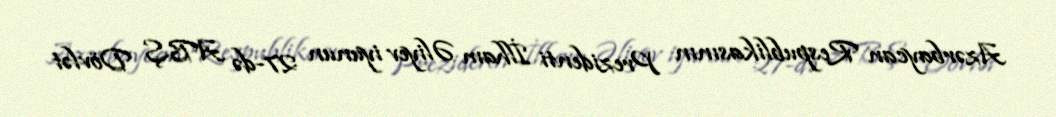
Azərbaycan Respublikasının Prezidenti İlham Əliyev iyunun 27-də ABŞ Dövlət